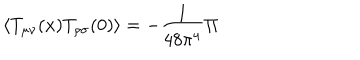
LaTeX: \langle T _ { \mu \nu } ( x ) T _ { \rho \sigma } ( 0 ) \rangle = - { \frac { 1 } { 4 8 \pi ^ { 4 } } } { \Pi }